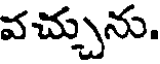
వచ్చును.